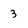
Character: 3